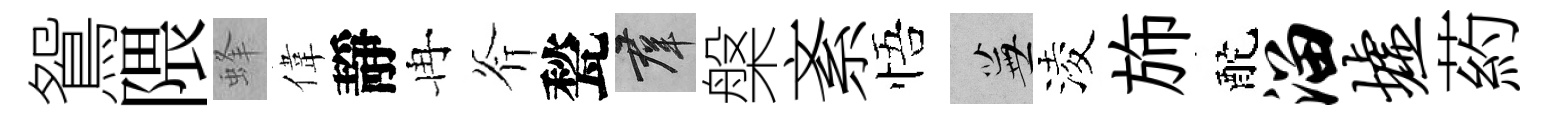
鴛隈蜂偉靜冉斧甃群槃紊悟蕪淩斾酡溜墟葯